system: You are a helpful assistant.
user:
Analyze the provided spectrum to determine if it is a **Carbon Star (C-type)**.

- **Key Visual Indicators of Carbon Star:**
    - **(Primary):** Strong molecular absorption from **C₂ (diatomic carbon) "Swan Bands."** This is the **defining feature** of a carbon star.
        - **(Key Bandheads):** Sharp absorption edges are visible at approximately $5635$ Å, $5165$ Å (the strongest band), and $4737$ Å.
        - **(Line Profile):** Creates a distinct **"saw-tooth"** pattern. The key morphology is a sharp, steep bandhead on the **red (long-wavelength) side**, which then gradually tapers off (i.e., flux recovers) towards the **blue (short-wavelength) side**. *(This is the direct opposite of the TiO bands seen in M-type stars)*.

    - **(Secondary):** Intense **CN (cyanogen)** molecular absorption bands.
        - **(Key Bandheads):** Located in the blue and violet regions of the spectrum (e.g., near $4215$ Å and $3883$ Å).
        - **(Morphology):** These bands are extremely broad and act as a "blanket," absorbing the vast majority of blue and violet light. This creates a characteristic **"cliff"** or **"steep drop-off"** in the spectrum's flux at short wavelengths.

    - **(Key Confirmation):** Strong **CH absorption band (G-band)**.
        - **(Key Bandhead):** Located around $4300$ Å. The contribution from CH molecules to this band is exceptionally strong.

    - **(Overall Spectrum):**
        - The continuum is severely "chopped up" by these deep molecular bands, especially C₂, rather than appearing as a smooth curve.
        - Due to the heavy CN and C₂ absorption in the blue-green, the vast majority of the star's flux is concentrated in the red part of the spectrum, giving the star its characteristic deep red color.

Think first, call **spectral_visualization_tool** if needed to examine features in detail, then provide your final answer. Your response must adhere to the following strict rules:
1.  **Overall Structure:** Your response must follow the format `<think>...</think> <tool_call>...</tool_call> (if a tool is used) <answer>...</answer>`.
2.  **Tool Usage Constraint:** You may only make **one** tool call per turn.
3.  **Final Answer Format:** In the `<answer>` tag, your conclusion must be inside a `\boxed{}` command (e.g., `\boxed{YES}`), followed by your justification.

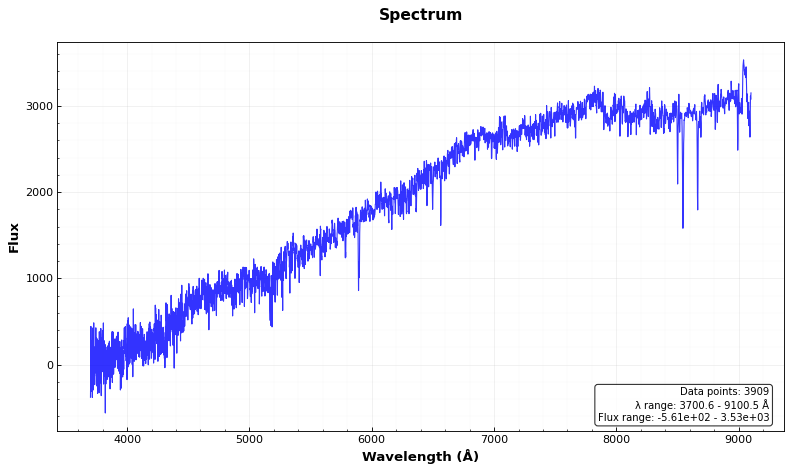
Answer: NO